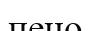
пено